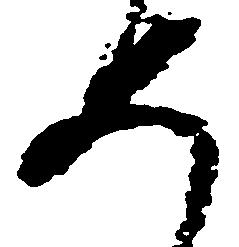
如